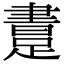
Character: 𨃲